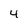
Character: 4